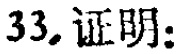
33. 证明：